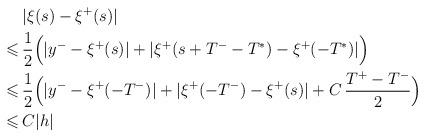
LaTeX: \begin{align*}&\,|\xi(s)-\xi^+(s)|\\\leqslant&\,\dfrac{1}{2}\Big(|y^--\xi^+(s)|+|\xi^+(s+T^--T^*)-\xi^+(-T^*)|\Big)\\\leqslant&\,\dfrac{1}{2}\Big(|y^--\xi^+(-T^-)|+|\xi^+(-T^-)-\xi^+(s)|+C\,\dfrac{T^+-T^-}{2}\Big)\\\leqslant&\,C|h|\end{align*}